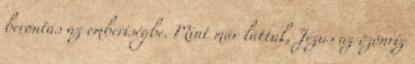
berontás az emberiségbe. Mint már láttuk, Jézus az özönvíz